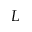
L